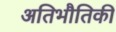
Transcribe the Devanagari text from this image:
अतिभौतिकी